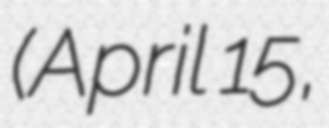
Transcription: (April 15,